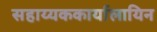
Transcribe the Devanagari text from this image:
सहाय्यककार्यालायिन